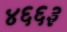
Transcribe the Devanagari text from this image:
४६६३